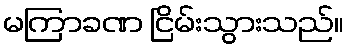
မကြာခဏ ငြိမ်းသွားသည်။